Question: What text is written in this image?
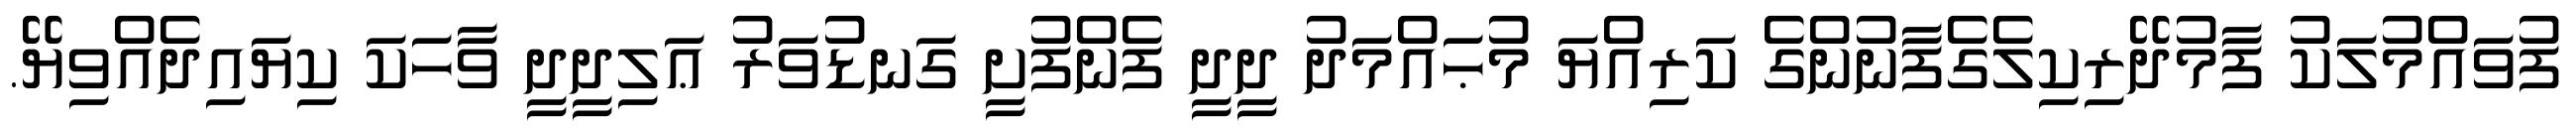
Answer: ފުވައްމުލަކު ފާމުދޭރިކިލެގެފާނުންގެ ކަރިއްޔަ މުޙައްމަދު ދީދީ ފެންފުށީ ގަނޑުވަރު ޢަލިދީދީ ވާހަކަ ކިޔައިދެއްވިޔޭ.